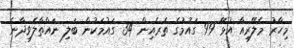
މިހާރު މެލޭރިއާ އުޅޭ 99 ގައުމުގެ ތެރެއިން 34 ގައުމަކުން ބަލި ނައްތާލެވިދާނެ